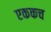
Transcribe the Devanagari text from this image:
एककच